Scottish Leaving Certificate Examination, 1959
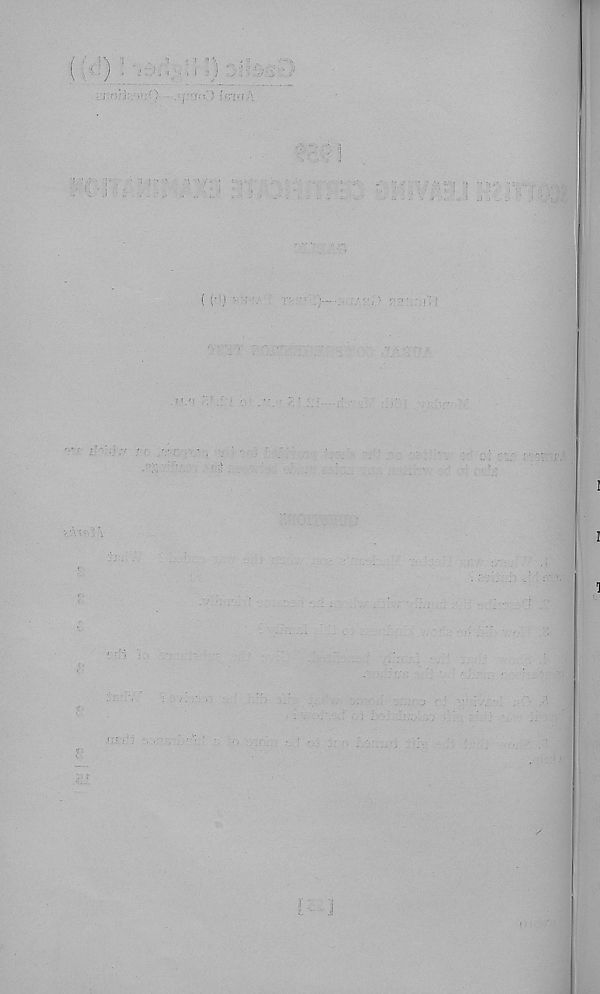
hi:.O-
I ! •
( ('*) :■ :•/:/
: !
;j {j
i
r